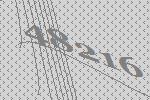
48216